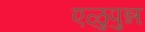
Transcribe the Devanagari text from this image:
एळुपुन्न